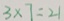
3 \times 7 = 2 1